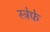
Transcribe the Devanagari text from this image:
स्ट्रेफे